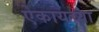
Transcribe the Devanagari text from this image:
ऐकायच्या